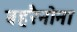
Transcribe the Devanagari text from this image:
बहरैनोना